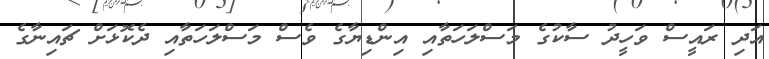
އަދި ރައީސް ވަހީދު ސާކުގެ މަސްލަހަތާއި އިންޑިޔާގެ ވެސް މަސްލަހަތާއި ދެކޮޅަށް ޗައިނާގެ